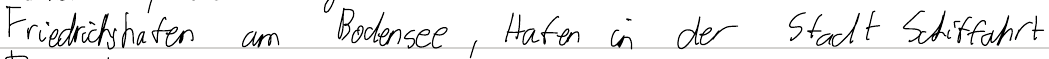
Friedrichshafen am Bodensee, Hafen in der Stadt Schifffahrt